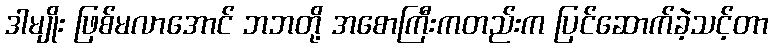
ဒါမျိုး ဖြစ်မလာအောင် ဘဘတို့ အစောကြီးကတည်းက ပြင်ဆောက်ခဲ့သင့်တာ